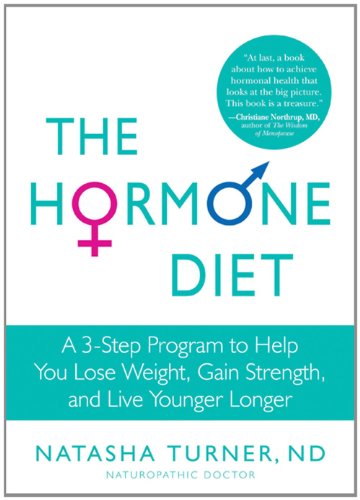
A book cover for The Hormone Diet: A 3-Step Program to Help You Lose Weight, Gain Strength, and Live Younger Longer; Natasha Turner; Health, Fitness & Dieting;